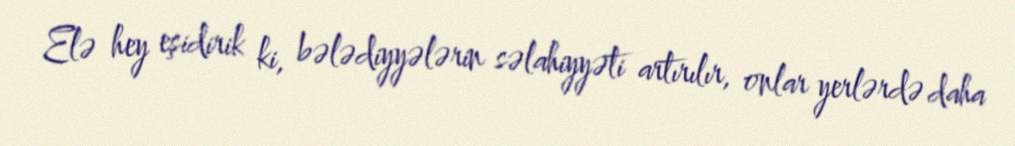
Elə hey eşidirik ki, bələdiyyələrin səlahiyyəti artırılır, onlar yerlərdə daha